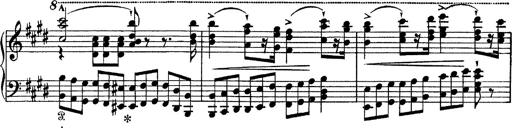
Title: Tarantelle di bravura dâ€™aprÃ¨s la tarantelle de La muette de Portici
Composer: Franz Liszt